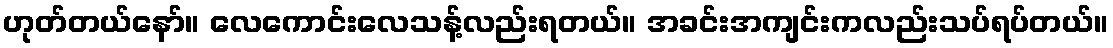
ဟုတ်တယ်နော်။ လေကောင်းလေသန့်လည်းရတယ်။ အခင်းအကျင်းကလည်းသပ်ရပ်တယ်။